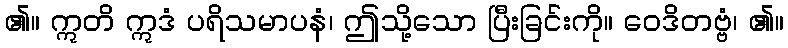
၏။ ဣတိ ဣဒံ ပရိသမာပနံ၊ ဤသို့သော ပြီးခြင်းကို။ ဝေဒိတဗ္ဗံ၊ ၏။